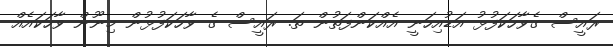
ރައީސް ގެވާހަކަފުޅު އަޑުއިހަނީ އެއްކަންފަތުން ތަ. ރައީސް ގެ ވާހަކަފުޅުން މިނޫން ވާހަކައެއް